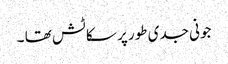
جونی جدی طور پر سکاٹش تھا ۔